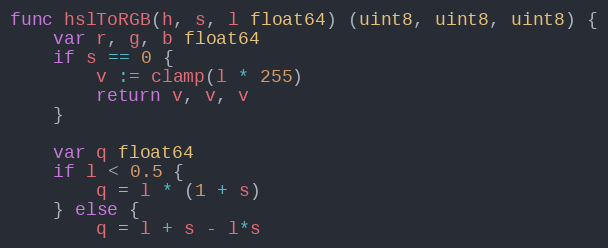
Language: Go
func hslToRGB(h, s, l float64) (uint8, uint8, uint8) {
	var r, g, b float64
	if s == 0 {
		v := clamp(l * 255)
		return v, v, v
	}

	var q float64
	if l < 0.5 {
		q = l * (1 + s)
	} else {
		q = l + s - l*s